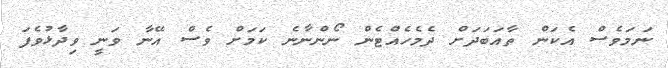
ނަމަވެސް އެކަން ތާއަބަދަށް ދެމެހެއްޓެން ނޯންނާނެ ކަމަށް ވެސް އޭނާ ވަނީ ވިދާޅުވެފަ